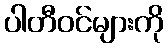
ပါတီဝင်များကို